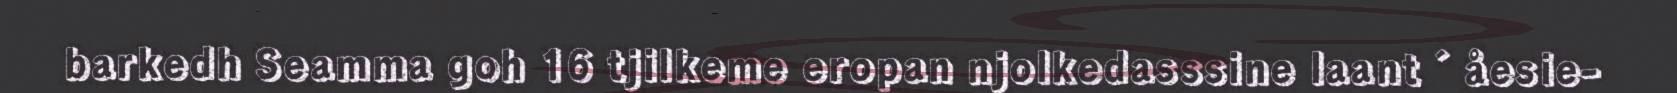
barkedh Seamma goh 16 tjilkeme eropan njolkedasssine laant´åesie-